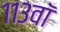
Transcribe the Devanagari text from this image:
११३वॉ